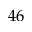
4 6